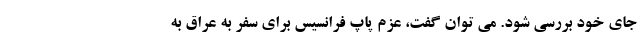
جای خود بررسی شود. می توان گفت، عزم پاپ فرانسیس برای سفر به عراق به